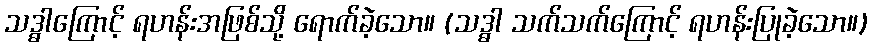
သဒ္ဓါကြောင့် ရဟန်းအဖြစ်သို့ ရောက်ခဲ့သော။ (သဒ္ဓါ သက်သက်ကြောင့် ရဟန်းပြုခဲ့သော။)